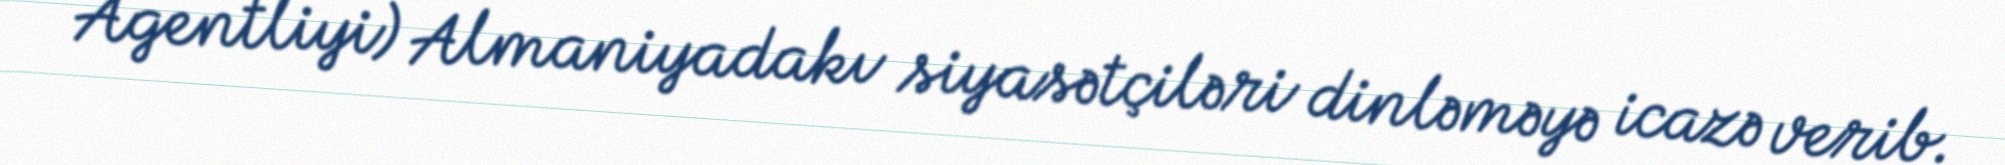
Agentliyi) Almaniyadakı siyasətçiləri dinləməyə icazə verib.